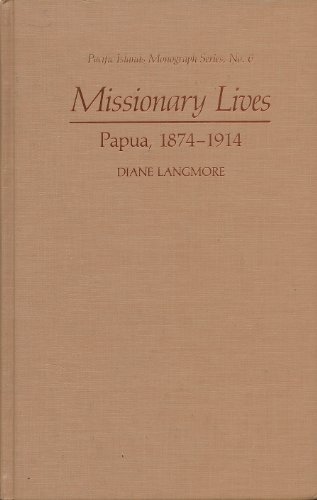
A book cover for Missionary Lives: Papua, 1874-1914 (Pacific Islands Monograph Series); Diane Langmore; History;